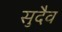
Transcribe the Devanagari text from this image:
सुदैव